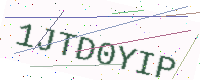
Text: 1JTD0YIP